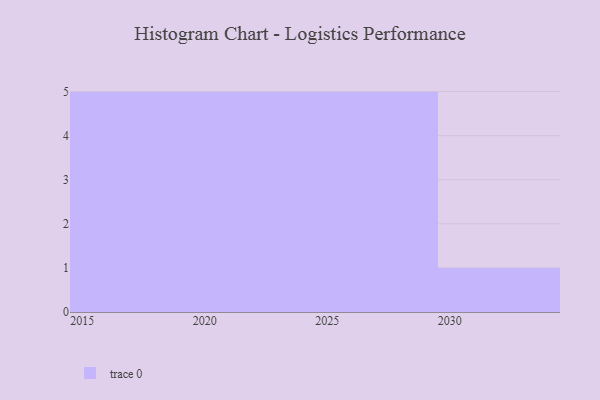
{"axis": {"x": "Year", "y": "Population (Million)"}, "legend": [""], "data": [{"x": "2020", "y": 82, "type": ""}, {"x": "2028", "y": 65, "type": ""}, {"x": "2015", "y": 26, "type": ""}, {"x": "2024", "y": 9, "type": ""}, {"x": "2016", "y": 55, "type": ""}, {"x": "2030", "y": 40, "type": ""}, {"x": "2025", "y": 71, "type": ""}, {"x": "2018", "y": 33, "type": ""}, {"x": "2029", "y": 54, "type": ""}, {"x": "2023", "y": 35, "type": ""}, {"x": "2026", "y": 94, "type": ""}, {"x": "2017", "y": 95, "type": ""}, {"x": "2021", "y": 79, "type": ""}, {"x": "2022", "y": 95, "type": ""}, {"x": "2019", "y": 91, "type": ""}, {"x": "2027", "y": 14, "type": ""}]}